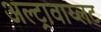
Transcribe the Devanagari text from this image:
अल्ट्रावाय्लट